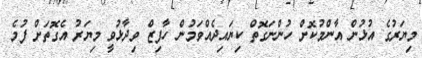
މިޔަރުގެ އުޅުން އާންމުކޮށް ހުންނަގޮތް ކިޔައިދެއްވަމުން ހާފިޒް ވިދާޅުވީ މިޔަރު އެގޮތަށް ފުމެ